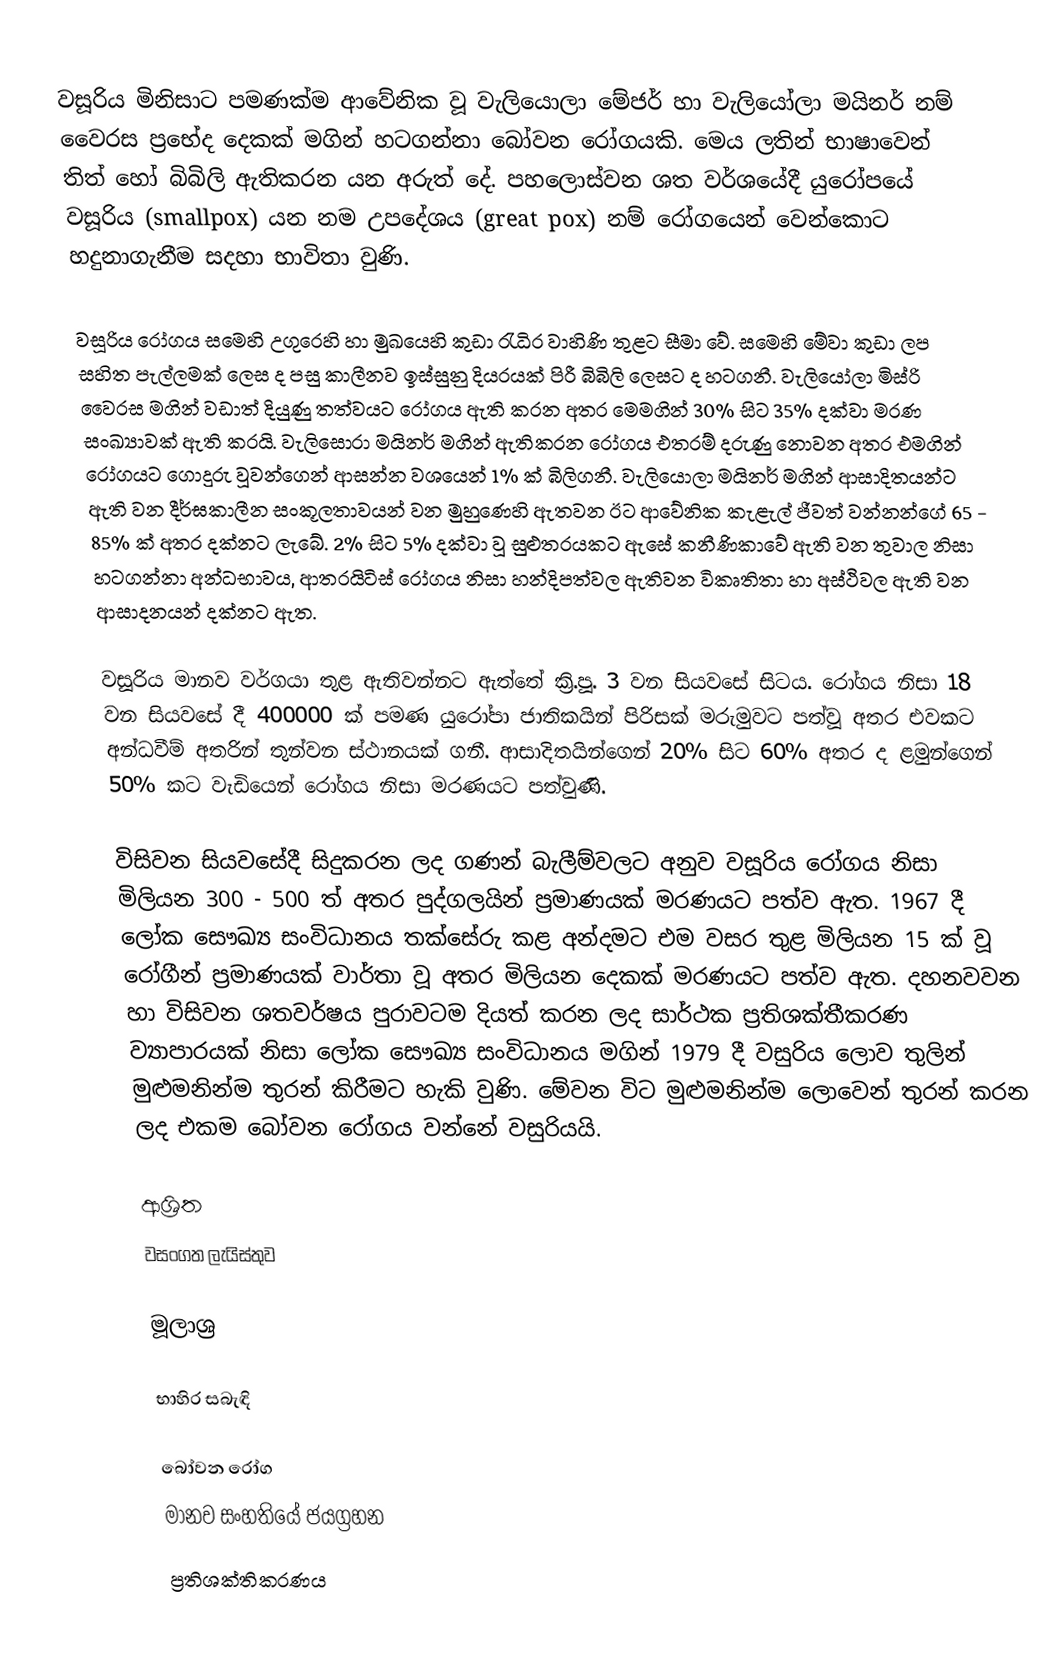
වසූරිය මිනිසාට පමණක්ම ආවේනික වූ වැලියොලා මේජර් හා වැලියෝලා  මයිනර්   නම් වෛරස ප්‍රභේද දෙකක් මගින් හටගන්නා බෝවන රෝගයකි. මෙය ලතින් භාෂාවෙන් තිත් හෝ බිබිලි ඇතිකරන යන අරුත් දේ. පහලොස්වන ශත වර්ශයේදී යුරෝපයේ වසූරිය (smallpox)  යන නම උපදේශය (great pox) නම් රෝගයෙන් වෙන්කොට හදුනාගැනීම සදහා භාවිතා  වුණි.

වසූරිය රෝගය සමෙහි උගුරෙහි හා මුඛයෙහි කුඩා රැධිර වාහිණි තුළට සීමා වේ. සමෙහි මේවා කුඩා ලප සහිත පැල්ලමක් ලෙස ද පසු කාලීනව ඉස්සුනු දියරයක් පිරී බිබිලි ලෙසට ද හටගනී. වැලියෝලා මිස්රි වෛරස මගින් වඩාත් දියුණු  තත්වයට රෝගය ඇති කරන අතර මෙමගින්  30%  සිට 35% දක්වා මරණ සංඛ්‍යාවක් ඇති කරයි. වැලිසොරා මයිනර් මගින් ඇතිකරන රෝගය එතරම් දරුණු නොවන අතර එමගින් රෝගයට ගොදුරු වූවන්ගෙන් ආසන්න වශයෙන් 1% ක් බිලිගනී.  වැලියොලා මයිනර් මගින් ආසාදිතයන්ට ඇති වන දීර්ඝකාලීන සංකූලතාවයන් වන මුහුණෙහි ඇතවන ඊට ආවේනික කැළැල් ජීවත් වන්නන්ගේ  65 - 85% ක් අතර දක්නට ලැබේ. 2% සිට 5% දක්වා වූ සුළුතරයකට ඇසේ කනීණිකාවේ ඇති වන තුවාල නිසා හටගන්නා අන්ධභාවය, ආතරයිටිස් රෝගය නිසා හන්දිපත්වල ඇතිවන විකෘතිතා හා අස්ථිවල ඇති වන ආසාදනයන් දක්නට ඇත.

වසූරිය මානව වර්ගයා තුළ ඇතිවන්නට ඇත්තේ ක්‍රි.පූ. 3 වන සියවසේ සිටය. රෝගය නිසා 18 වන සියවසේ දී 400000 ක් පමණ යුරෝපා ජාතිකයින් පිරිසක් මරුමුවට පත්වූ අතර එවකට අන්ධවීම් අතරින් තුන්වන  ස්ථානයක් ගනී.  ආසාදිතයින්ගෙන් 20%  සිට  60% අතර ද ළමුන්ගෙන් 50% කට වැඩියෙන් රෝගය නිසා මරණයට පත්වුණි.

විසිවන සියවසේදී සිදුකරන ලද ගණන් බැලීම්වලට අනුව වසූරිය රෝගය නිසා මිලියන 300 - 500 ත් අතර පුද්ගලයින් ප්‍රමාණයක් මරණයට පත්ව ඇත. 1967 දී ලෝක සෞඛ්‍ය සංවිධානය තක්සේරු කළ අන්දමට එම වසර තුළ මිලියන 15 ක් වූ රෝගීන් ප්‍රමාණයක් වාර්තා වූ අතර මිලියන දෙකක් මරණයට පත්ව ඇත. දහනවවන හා විසිවන ශතවර්ෂය පුරාවටම  දියත් කරන ලද සාර්ථක ප්‍රතිශක්තීකරණ ව්‍යාපාරයක් නිසා ලෝක සෞඛ්‍ය සංවිධානය මගින් 1979 දී වසුරිය ලොව තුලින් මුළුමනින්ම තුරන් කිරීමට හැකි වුණි. මේවන විට මුළුමනින්ම ලොවෙන් තුරන් කරන ලද එකම බෝවන රෝගය වන්නේ වසුරියයි.

ආශ්‍රිත
 වසංගත ලැයිස්තුව

මූලාශ්‍ර

භාහිර සබැඳි

බෝවන රෝග
මානව සංහතියේ ජයග්‍රහන
ප්‍රතිශක්තිකරණය